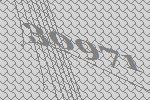
30971